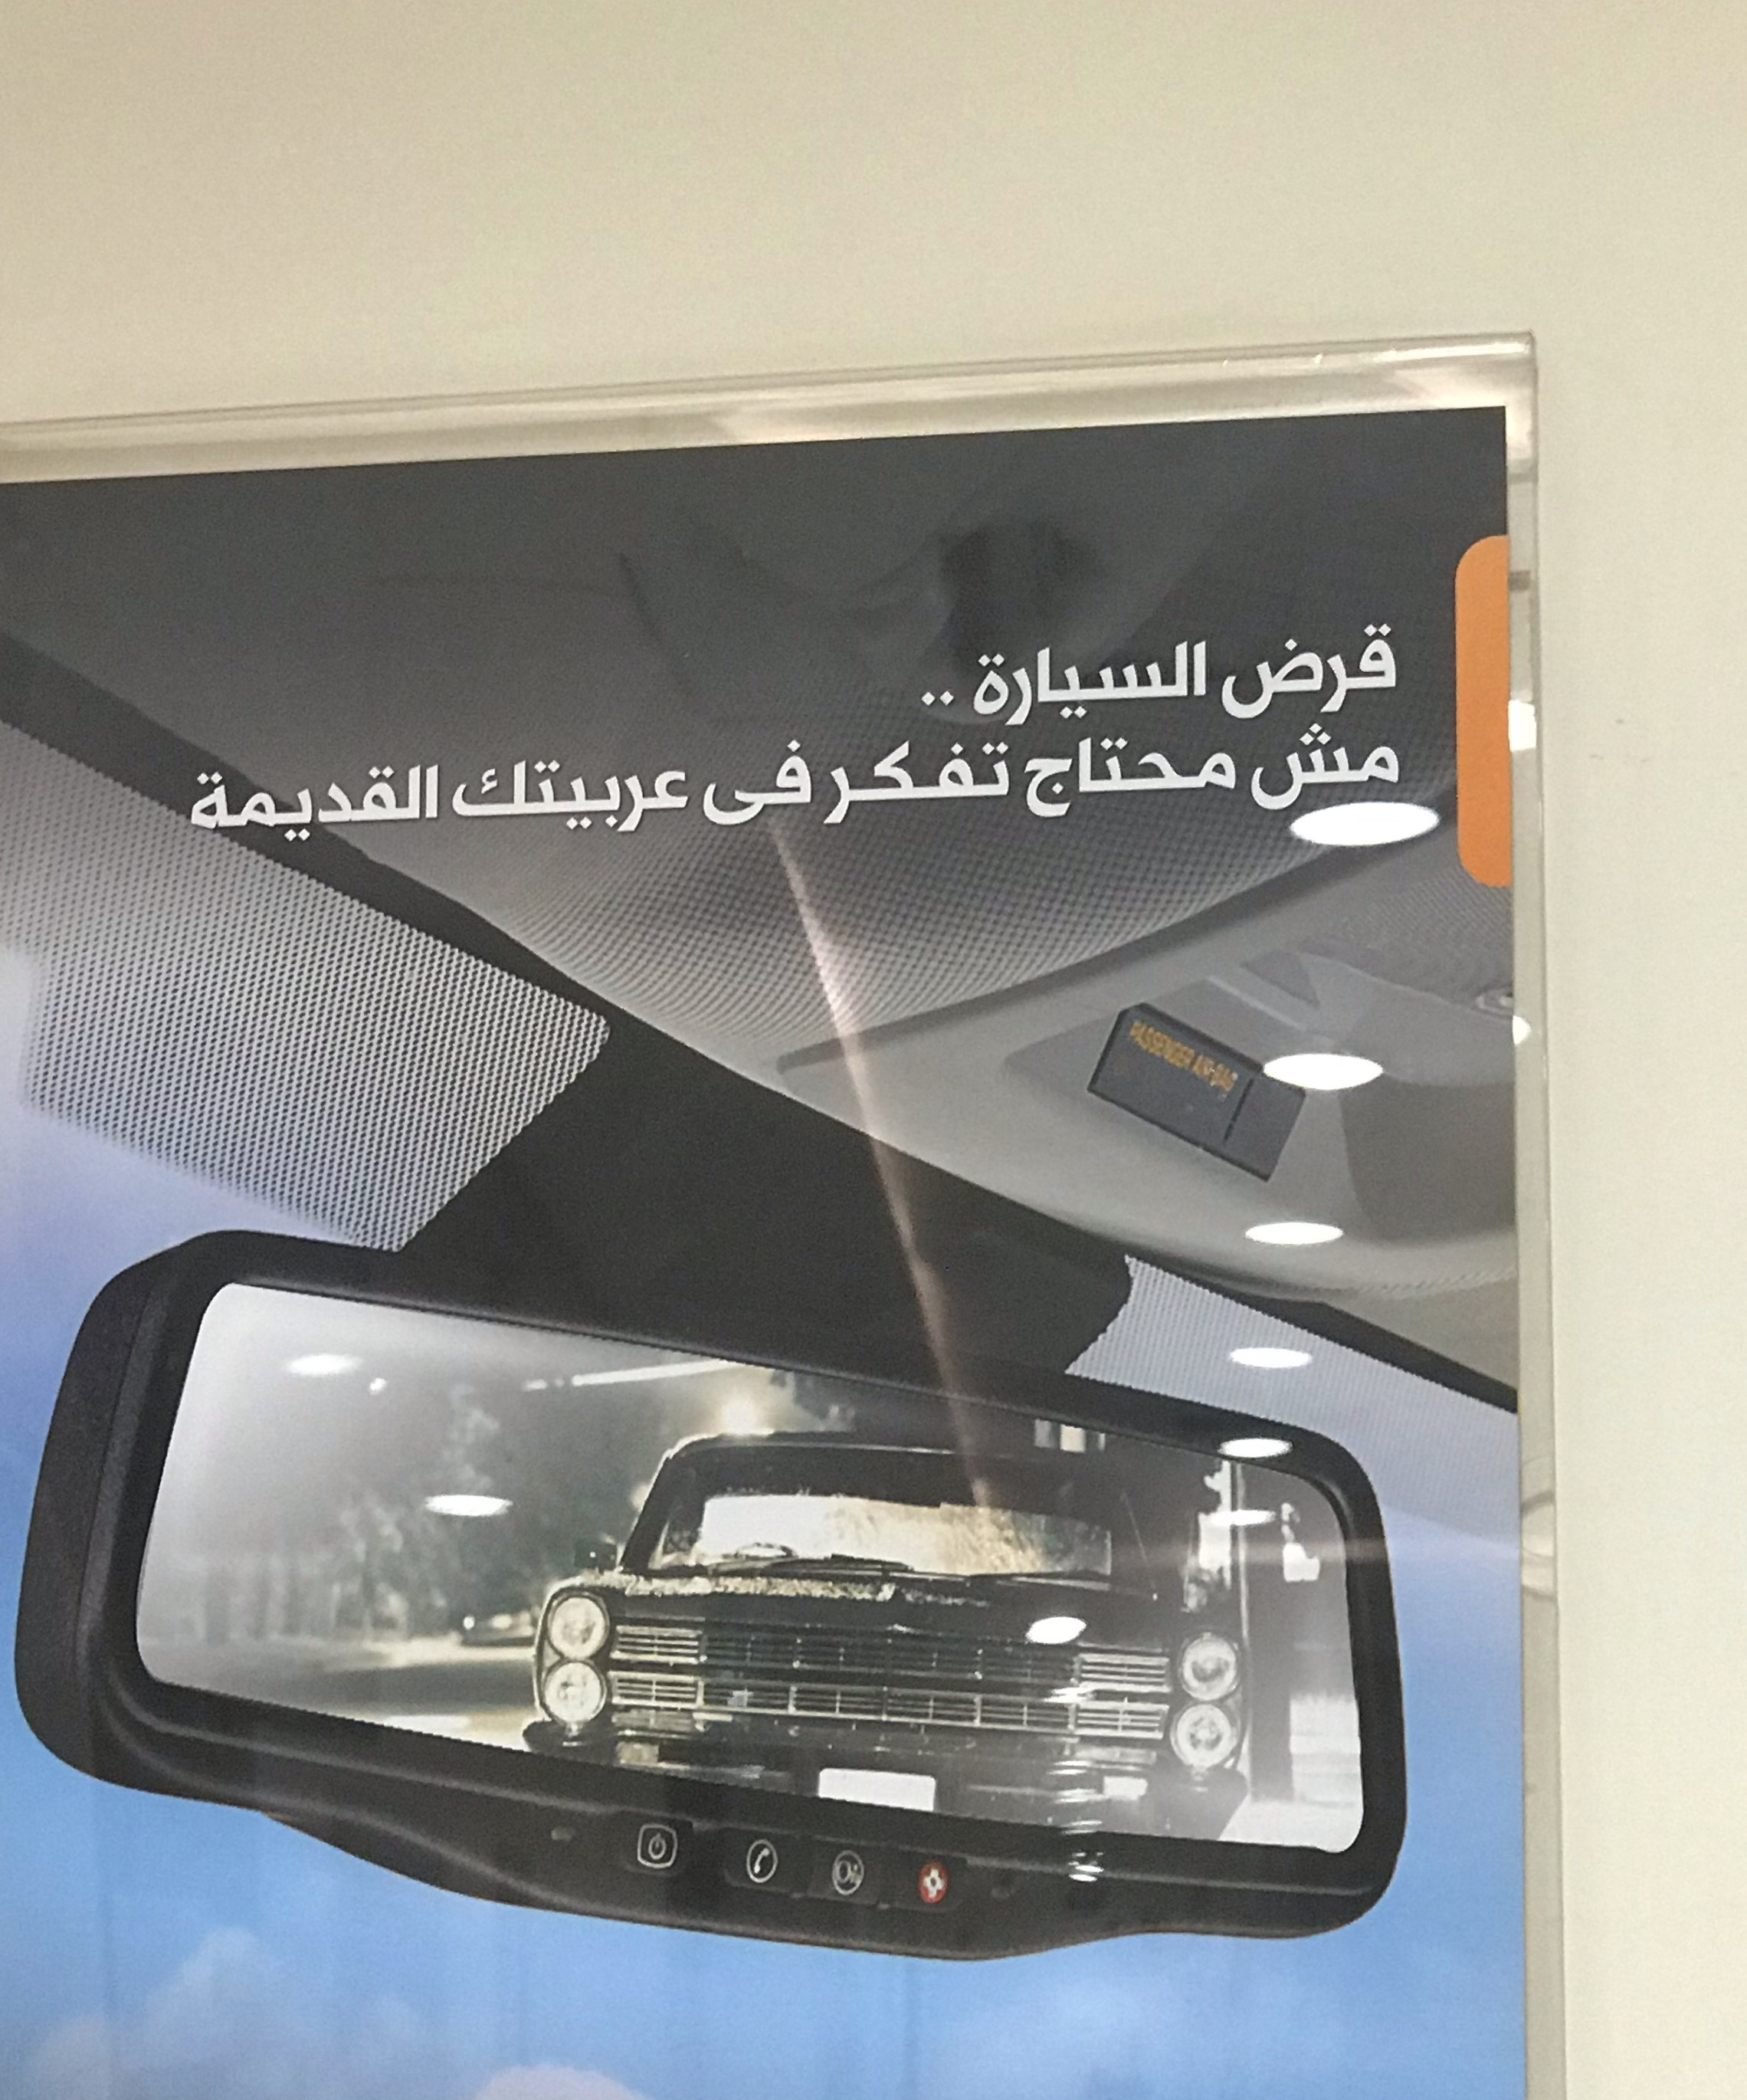
Text in image: قرض السيارة مش محتاج تفكر فى عربيتك القديمة